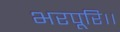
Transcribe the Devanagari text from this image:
भरपूरि।।